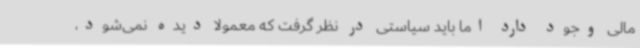
مالی وجود دارد اما باید سیاستی در نظر گرفت که معمولا دیده نمی‌شود،